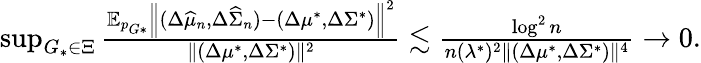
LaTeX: \begin{array}{r}{\operatorname*{sup}_{G_{*}\in\Xi}\frac{\mathbb{E}_{p_{G*}}\left\| (\Delta\widehat{\mu}_{n},\Delta\widehat{\Sigma}_{n})-(\Delta\mu^{*},\Delta\Sigma^{*})\right\| ^{2}}{\| (\Delta\mu^{*},\Delta\Sigma^{*})\| ^{2}}\lesssim\frac{\log^{2}n}{n(\lambda^{*})^{2}\| (\Delta\mu^{*},\Delta\Sigma^{*})\| ^{4}}\to 0.}\end{array}